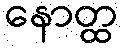
နောတ္ထ